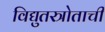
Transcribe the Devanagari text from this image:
विद्युतस्त्रोताची